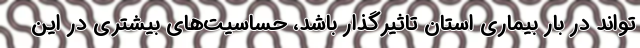
تواند در بار بیماری استان تاثیرگذار باشد، حساسیت‌های بیشتری در این